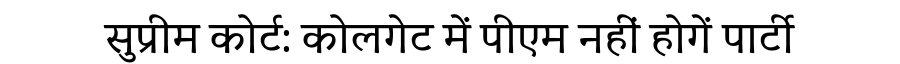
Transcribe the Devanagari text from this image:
सुप्रीम कोर्ट: कोलगेट में पीएम नहीं होगें पार्टी